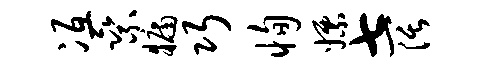
冱乘牖巧恂嫖七阔